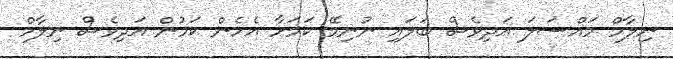
ނިލާމް މައްސަލަ އަދިވެސް ބަލައި ނުނިމޭ ކަމަށާ އެހެން ކަމުން އަދިވެސް ނިލާމް